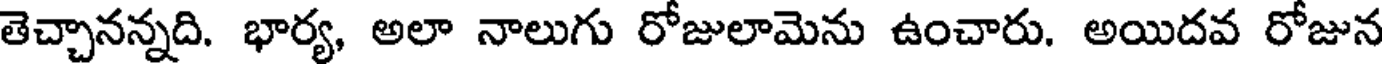
తెచ్చానన్నది. భార్య, అలా నాలుగు రోజులామెను ఉంచారు. అయిదవ రోజున